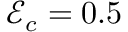
\mathcal { E } _ { c } = 0 . 5 \